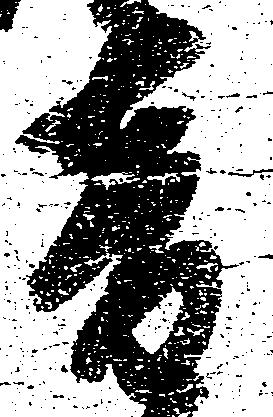
音